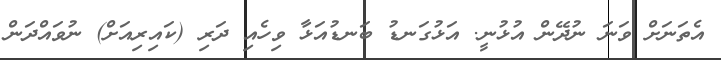
އެތަނަށް ވަނަ ނުދޭން އުޅުނީ. އަޅުގަނޑު ބަނޑުއަޅާ ވިހެއި ދަރި (ކައިރިއަށް) ނުވައްދަން